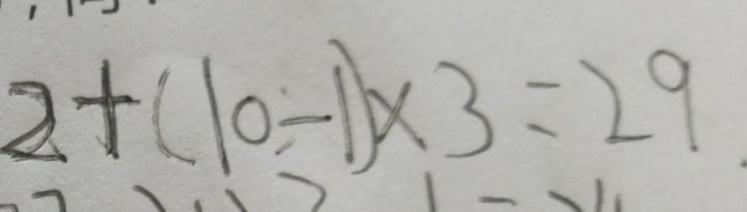
2 + ( 1 0 - 1 ) \times 3 = 2 9 .